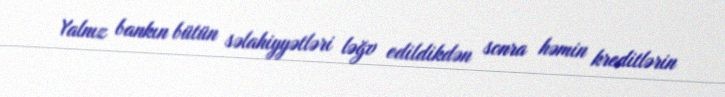
Yalnız bankın bütün səlahiyyətləri ləğv edildikdən sonra həmin kreditlərin